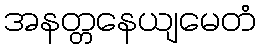
အနတ္တနေယျမေတံ